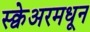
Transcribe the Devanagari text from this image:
स्क्वेअरमधून